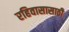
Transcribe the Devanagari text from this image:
रहिवासासाठी